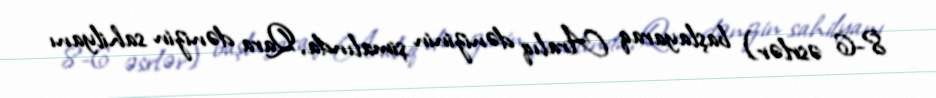
8-6 əsrlər) başlayaraq Aralıq dənizinin şimalında, Qara dənizin sahilyanı